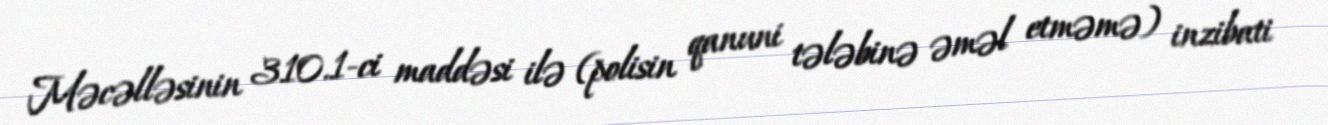
Məcəlləsinin 310.1-ci maddəsi ilə (polisin qanuni tələbinə əməl etməmə) inzibati